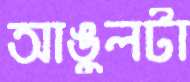
আঙুলটা